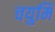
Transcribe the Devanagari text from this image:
चयुमि